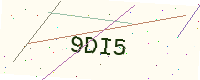
Text: 9DI5